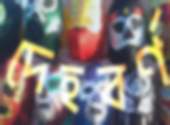
দেহবর্ণ